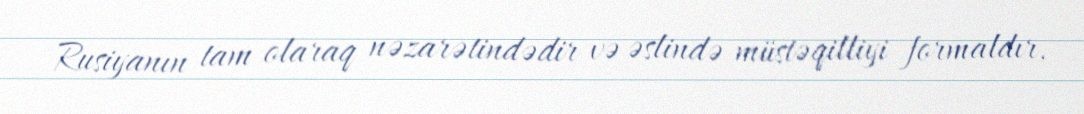
Rusiyanın tam olaraq nəzarətindədir və əslində müstəqilliyi formaldır.